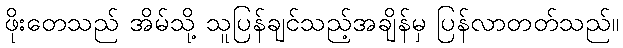
ဖိုးတေသည် အိမ်သို့ သူပြန်ချင်သည့်အချိန်မှ ပြန်လာတတ်သည်။